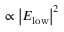
\propto \left| E _ { \mathrm { l o w } } \right| ^ { 2 }